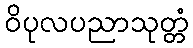
ဝိပုလပညာသုတ္တံ